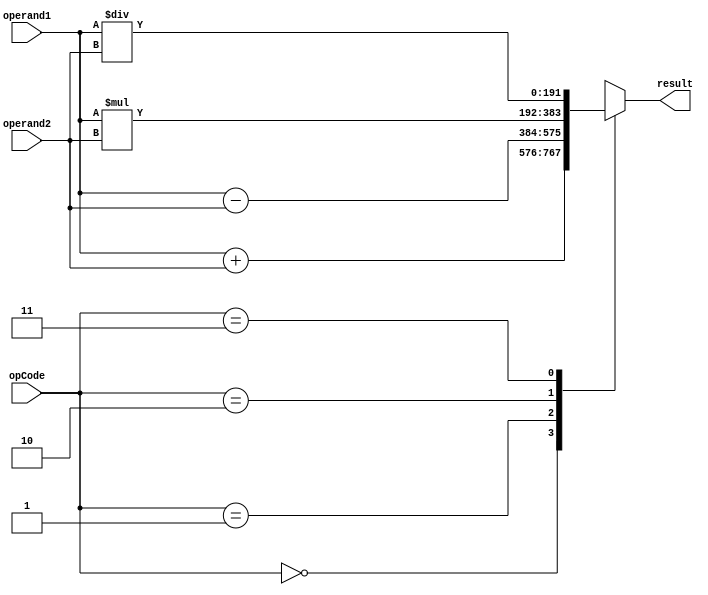
module TriplePrecisionFPU (
    input [191:0] operand1, // Input operand 1 (triple precision floating point)
    input [191:0] operand2, // Input operand 2 (triple precision floating point)
    input [1:0] opCode, // Operation code (0: addition, 1: subtraction, 2: multiplication, 3: division)
    output reg [191:0] result // Result of the operation (triple precision floating point)
);

always @(*) begin
    case(opCode)
        2'b00: result = operand1 + operand2; // Addition operation
        2'b01: result = operand1 - operand2; // Subtraction operation
        2'b10: result = operand1 * operand2; // Multiplication operation
        2'b11: result = operand1 / operand2; // Division operation
        default: result = 0; // Default case
    endcase
end

endmodule